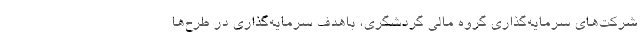
شرکت‌های سرمایه‌گذاری گروه مالی گردشگری، باهدف سرمایه‌گذاری در طرح‌ها